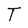
Character: T